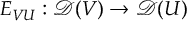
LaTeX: E _ { V U } : { \mathcal { D } } ( V ) \to { \mathcal { D } } ( U )